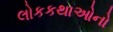
લોકકથાઓનો